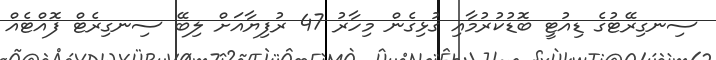
ސިނގިރޭޓުގެ ޑިއުޓީ ބޮޑުކުރުމާއި ގުޅިގެން މިހާރު 47 ރުފިޔާއަށް ލިބޭ ސިނގިރެޓް ފޮއްޓެއް